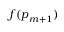
f ( \boldsymbol { p } _ { m + 1 } )